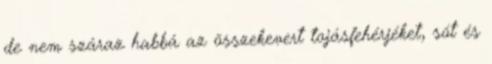
de nem száraz habbá az összekevert tojásfehérjéket, sót és